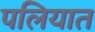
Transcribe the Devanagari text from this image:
पलियात